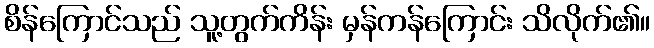
စိန်ကြောင်သည် သူ့တွက်ကိန်း မှန်ကန်ကြောင်း သိလိုက်၏။